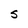
Character: S